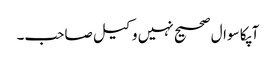
آپکا سوال صحیح نہیں وکیل صاحب۔